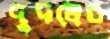
দুদলের